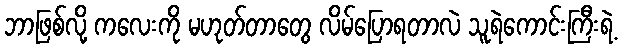
ဘာဖြစ်လို့ ကလေးကို မဟုတ်တာတွေ လိမ်ပြောရတာလဲ သူရဲကောင်းကြီးရဲ့